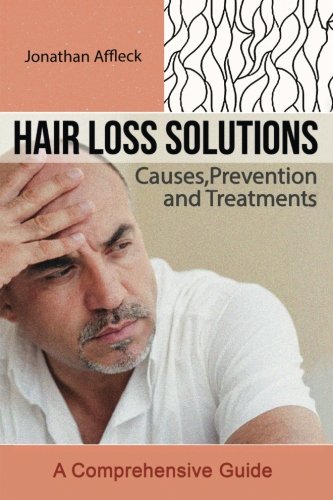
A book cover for Hair Loss Solutions: Causes, Prevention and Treatments; Jonathan Affleck; Health, Fitness & Dieting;